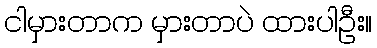
ငါမှားတာက မှားတာပဲ ထားပါဦး။